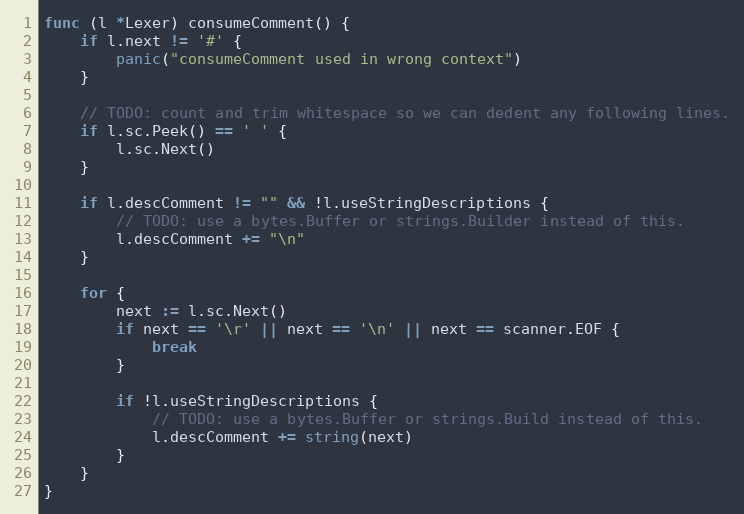
Language: Go
func (l *Lexer) consumeComment() {
	if l.next != '#' {
		panic("consumeComment used in wrong context")
	}

	// TODO: count and trim whitespace so we can dedent any following lines.
	if l.sc.Peek() == ' ' {
		l.sc.Next()
	}

	if l.descComment != "" && !l.useStringDescriptions {
		// TODO: use a bytes.Buffer or strings.Builder instead of this.
		l.descComment += "\n"
	}

	for {
		next := l.sc.Next()
		if next == '\r' || next == '\n' || next == scanner.EOF {
			break
		}

		if !l.useStringDescriptions {
			// TODO: use a bytes.Buffer or strings.Build instead of this.
			l.descComment += string(next)
		}
	}
}